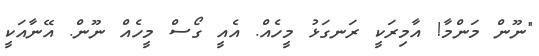
"ނޫން މަންމާ! އާމިރަކީ ރަނގަޅު މީހެއް. އެއީ ގޯސް މީހެއް ނޫން. އޭނާއަކީ